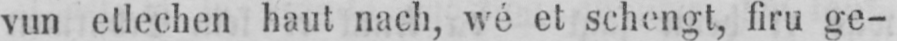
vun etlechen haut nach, wé et schengt, firu ge-